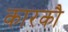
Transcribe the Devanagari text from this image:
कारकौ